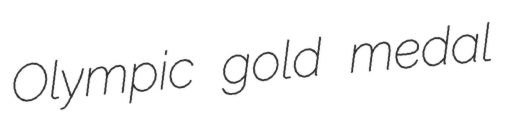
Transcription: Olympic gold medal